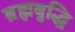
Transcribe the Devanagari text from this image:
ब्रह्मबुद्धि